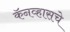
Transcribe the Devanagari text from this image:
कॅनव्हासचे